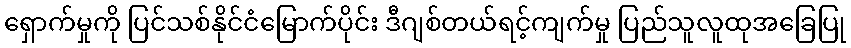
ရှောက်မှုကို ပြင်သစ်နိုင်ငံမြောက်ပိုင်း ဒီဂျစ်တယ်ရင့်ကျက်မှု ပြည်သူလူထုအခြေပြု